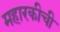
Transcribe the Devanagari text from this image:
महारकीची